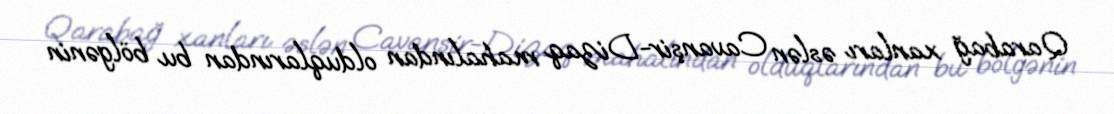
Qarabağ xanları əslən Cavanşir-Dizaq mahalından olduqlarından bu bölgənin